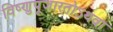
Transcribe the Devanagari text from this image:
विष्णुपूजारतोऽथवा